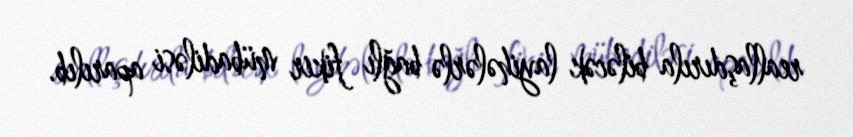
reallaşdırıla biləcək layihələrlə bağlı fikir mübadiləsi aparılıb.